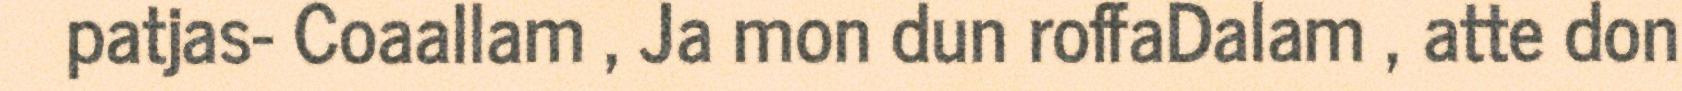
patjas- Coaallam , Ja mon dun roffaDalam , atte don